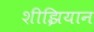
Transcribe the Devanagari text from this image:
शीझियान